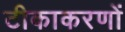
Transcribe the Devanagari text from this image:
टीकाकरणों